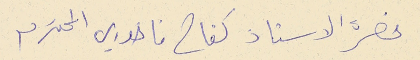
حضرة الاستاذ كفاح فاخوري المحترم